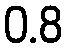
0.8